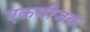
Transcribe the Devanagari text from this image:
एकबीजक